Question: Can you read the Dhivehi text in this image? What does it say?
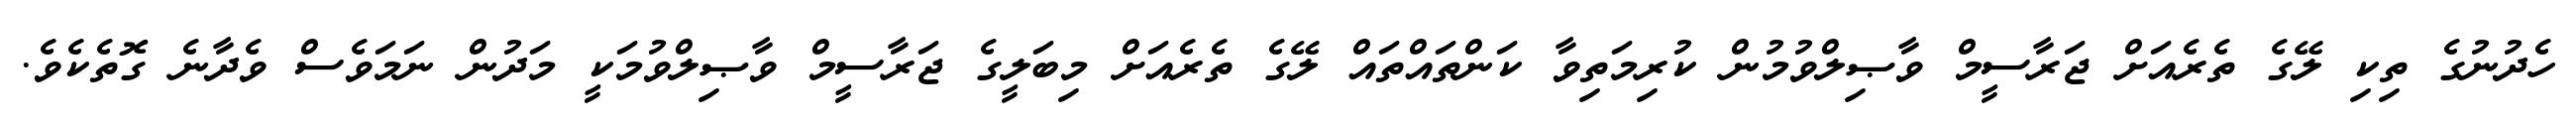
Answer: ހެދުނުގެ ތިކި ލޭގެ ތެރެއަށް ޖަރާސީމް ވާޞިލްވުމުން ކުރިމަތިވާ ކަންތައްތައް ލޭގެ ތެރެއަށް މިބަލީގެ ޖަރާސީމް ވާޞިލްވުމަކީ މަދުން ނަމަވެސް ވެދާނެ ގޮތެކެވެ.